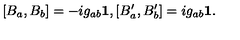
[ B _ { a } , B _ { b } ] = - i g _ { a b } { \bf 1 } , [ B _ { a } ^ { \prime } , B _ { b } ^ { \prime } ] = i g _ { a b } { \bf 1 } .